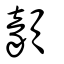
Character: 顡